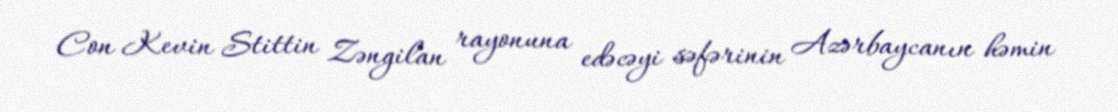
Con Kevin Stittin Zəngilan rayonuna edəcəyi səfərinin Azərbaycanın həmin